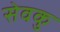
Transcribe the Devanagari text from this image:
सेवकु